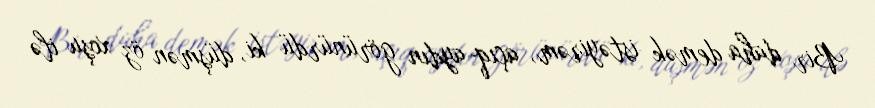
Bir daha demək istəyirəm, açıq-aydın görünürdü ki, düşmən öz xoşu ilə